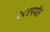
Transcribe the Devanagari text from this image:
७८१पर्यंत